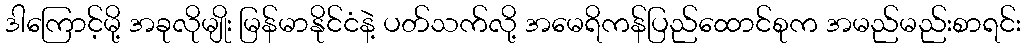
ဒါကြောင့်မို့ အခုလိုမျိုး မြန်မာနိုင်ငံနဲ့ ပတ်သက်လို့ အမေရိကန်ပြည်ထောင်စုက အမည်မည်းစာရင်း